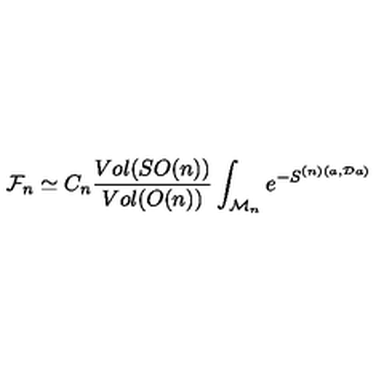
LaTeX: { \cal F } _ { n } \simeq C _ { n } \frac { V o l ( S O ( n ) ) } { V o l ( O ( n ) ) } \int _ { { \cal M } _ { n } } e ^ { - S ^ { ( n ) ( a , { \cal D } a ) } }